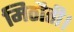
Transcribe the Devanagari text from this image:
मिठौती।